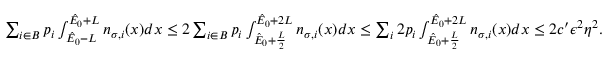
\begin{array} { r } { \sum _ { i \in B } p _ { i } \int _ { \hat { E } _ { 0 } - L } ^ { \hat { E } _ { 0 } + L } n _ { \sigma , i } ( x ) d x \leq 2 \sum _ { i \in B } p _ { i } \int _ { \hat { E } _ { 0 } + \frac { L } { 2 } } ^ { \hat { E } _ { 0 } + 2 L } n _ { \sigma , i } ( x ) d x \leq \sum _ { i } 2 p _ { i } \int _ { \hat { E } _ { 0 } + \frac { L } { 2 } } ^ { \hat { E } _ { 0 } + 2 L } n _ { \sigma , i } ( x ) d x \leq 2 c ^ { \prime } \epsilon ^ { 2 } \eta ^ { 2 } . } \end{array}